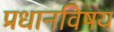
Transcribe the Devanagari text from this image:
प्रधानविषय